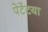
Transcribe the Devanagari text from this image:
पेटेंटया